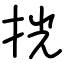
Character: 挄